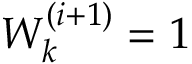
W _ { k } ^ { ( i + 1 ) } = 1